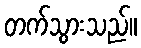
တက်သွားသည်။